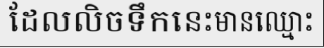
ដែលលិចទឹកនេះមានឈ្មោះ